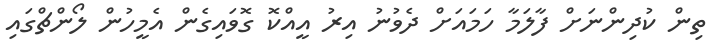
ތިން ކުދިންނަށް ފާލަމާ ހަމައަށް ދެވުނު އިރު އީއްކޮ ގޮވައިގެން އެމީހުން ލޯންޗްގައި